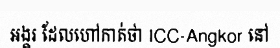
អង្គរ ដែលហៅកាត់ថា ICC-Angkor នៅ